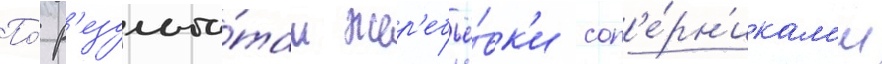
По́ р'езульта́там жер'ебьё́вк'и соп'е́рн'икам'и